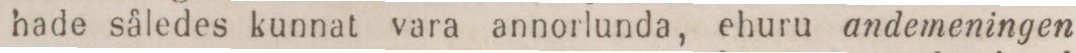
hade således kunnat vara annorlunda, ehuru andemeningen